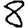
Digit: 8